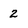
Character: 2